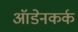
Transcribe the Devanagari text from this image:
ऑडेनकर्क